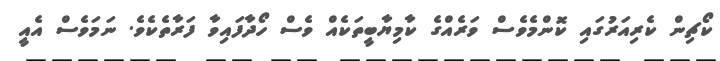
ކޯޗިން ކެރިއަރުގައި ކޮންމެވެސް ވަރެއްގެ ކާމިޔާބީތަކެއް ވެސް ހޯދާފައިވާ ފަރާތެކެވެ. ނަމަވެސް އެއީ